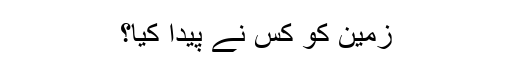
زمین کو کس نے پیدا کیا؟